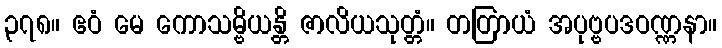
၃၇၈။ ဧဝံ မေ ကောသမ္ဗိယန္တိ ဇာလိယသုတ္တံ။ တတြာယံ အပုဗ္ဗပဒဝဏ္ဏနာ။